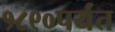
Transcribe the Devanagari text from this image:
१८९०पर्यंत